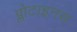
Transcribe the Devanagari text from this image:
प्लोटाइनस